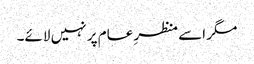
مگر اسے منظرِ عام پر نہیں لائے۔